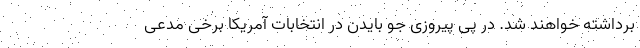
برداشته خواهند شد. در پی پیروزی جو بایدن در انتخابات آمریکا برخی مدعی